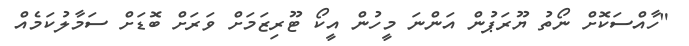
"ހާއްސަކޮށް ނޯތު ޔޫރަޕުން އަންނަ މީހުން އީކޯ ޓޫރިޒަމަށް ވަރަށް ބޮޑަށް ސަމާލުކަމެއް